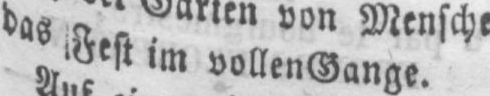
das Fest im vollen Gange.